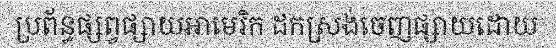
ប្រព័ន្ធផ្សព្វផ្សាយអាមេរិក ដកស្រង់ចេញផ្សាយដោយ